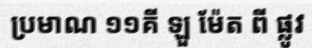
ប្រមាណ ១១គី ឡួ ម៉ែត ពី ផ្លូវ